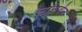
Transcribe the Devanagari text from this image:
लॉसवेल